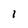
Character: l